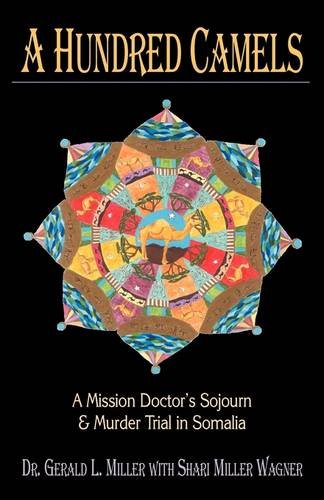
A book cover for A Hundred Camels: A Mission Doctor's Sojourn and Murder Trial in Somalia; Gerald L. Miller; Christian Books & Bibles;